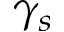
\gamma _ { s }